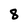
Character: 8